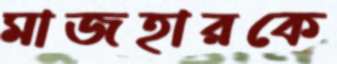
মাজহারকে